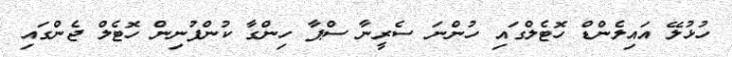
ހުޅުލޭ އައިލެންޑް ހޮޓެލްގައި ހުންނަ ސެރީނާ ސްޕާ ހިންގާ ކުންފުނިން ހޮޓެލް ޖެންގައި